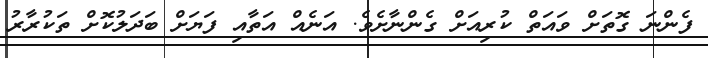
ފެންނަ ގޮތަށް ވައަތް ކުރިއަށް ގެންނާށެވެ. އަނެއް އަތާއި ފަޔަށް ބަދަލުކޮށް ތަކުރާރު